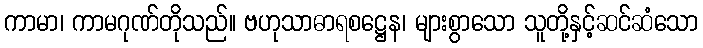
ကာမာ၊ ကာမဂုဏ်တိုသည်။ ဗဟုသာဓာရစဋ္ဌေန၊ များစွာသော သူတို့နှင့်ဆင်ဆံသော